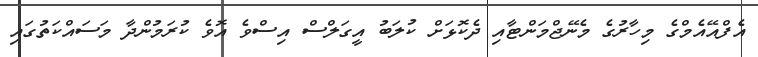
އެފްއޭއެމްގެ މިހާރުގެ މެނޭޖްމަންޓާއި ދެކޮޅަށް ކުލަބު އީގަލްސް އިސްވެ އޮވެ ކުރަމުންދާ މަސައްކަތުގައި